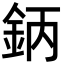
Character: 鈵